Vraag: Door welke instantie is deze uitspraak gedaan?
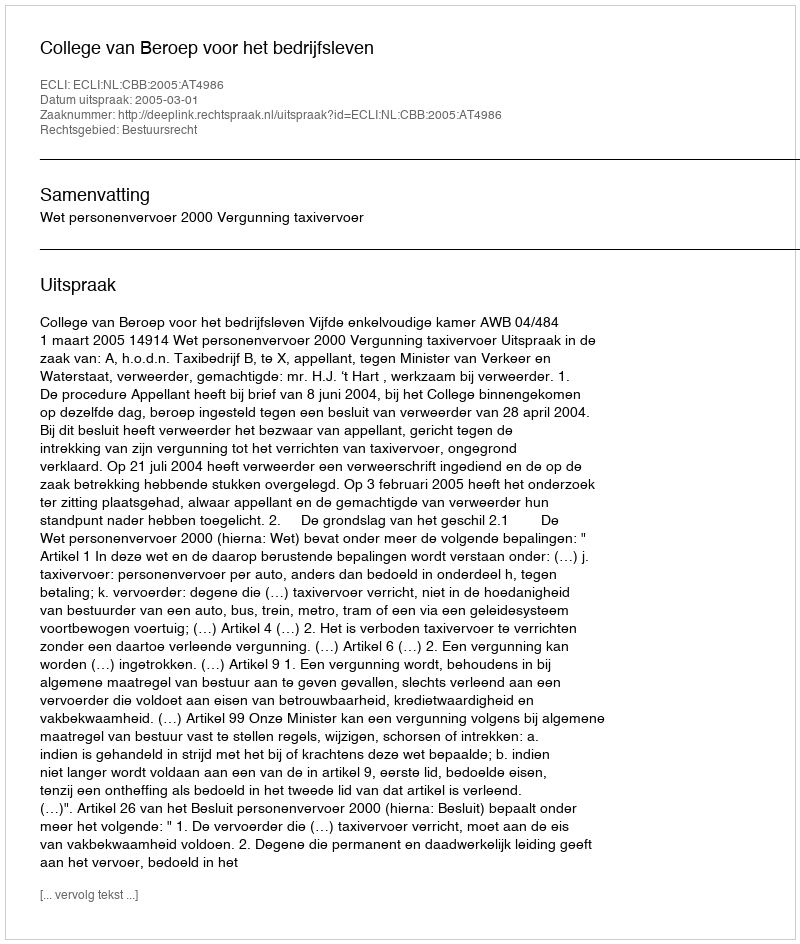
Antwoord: College van Beroep voor het bedrijfsleven